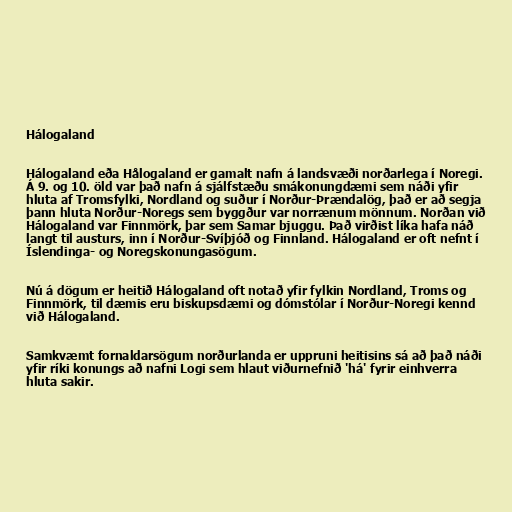
Hálogaland

Hálogaland eða Hålogaland er gamalt nafn á landsvæði norðarlega í Noregi.
Á 9. og 10. öld var það nafn á sjálfstæðu smákonungdæmi sem náði yfir
hluta af Tromsfylki, Nordland og suður í Norður-Þrændalög, það er að segja
þann hluta Norður-Noregs sem byggður var norrænum mönnum. Norðan við
Hálogaland var Finnmörk, þar sem Samar bjuggu. Það virðist líka hafa náð
langt til austurs, inn í Norður-Svíþjóð og Finnland. Hálogaland er oft nefnt í
Íslendinga- og Noregskonungasögum.

Nú á dögum er heitið Hálogaland oft notað yfir fylkin Nordland, Troms og
Finnmörk, til dæmis eru biskupsdæmi og dómstólar í Norður-Noregi kennd
við Hálogaland.

Samkvæmt fornaldarsögum norðurlanda er uppruni heitisins sá að það náði
yfir ríki konungs að nafni Logi sem hlaut viðurnefnið 'há' fyrir einhverra
hluta sakir.